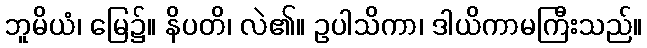
ဘူမိယံ၊ မြေ၌။ နိပတိ၊ လဲ၏။ ဥပါသိကာ၊ ဒါယိကာမကြီးသည်။